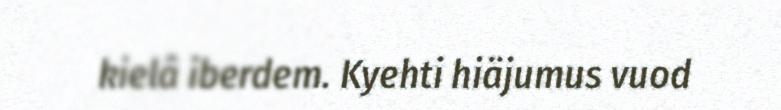
kielâ iberdem. Kyehti hiäjumus vuod